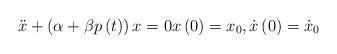
LaTeX: \begin{align*}\ddot{x}+\left( \alpha +\beta p\left( t\right) \right) x=0x\left( 0\right) =x_{0},\dot{x}\left( 0\right) =\dot{x}_{0} \end{align*}